Lunatic asylums in Bengal annual reports 1899-1911 - 1899-1911
Year: 1899
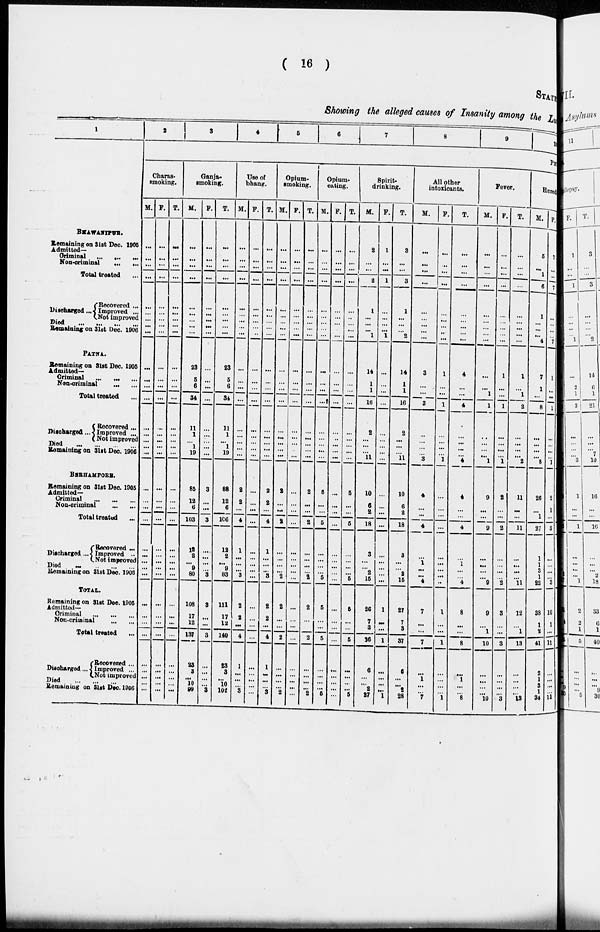
( 16 )
STATEMENT
Showing the alleged causes of Insanity among the Lu
1
BHAWANIPUR.
Remaining on 31st Dec. 1905
Admitted—
Criminal
... ... ...
Non-criminal ... ...
Total treated ...
Discharged ...
Recovered ...
Improved ...
Not improved
Died
...
...
...
...
Remaining on 31st Dec. 1906
PATNA.
Remaining on 31st Dec. 1905
Admitted—
Criminal
... ... ...
Non-Cciminal ... ...
Total treated ...
Discharged ...
Recovered ...
Improved ...
Not improved
Died ... ... ... ...
Remaining on 31st Dec. 1906
BERHAMPORE.
Remaining on 31st Dec. 1905
Admitted—
Criminal
... ... ...
Non-criminal ...
...
Total treated
...
Discharged ...
Recovered ...
Improved ...
Not improved
Died
...
... ... ...
Remaining on 31st Dec. 1906
TOTAL.
Remaining on 31st Dec. 1905
Admitted—
Criminal
... ... ...
Non-criminal
...
...
Total treated ...
Discharged.
Recovered ...
Improved ...
Not improved
Died ... ... ...
Remaining on 31st Dec. 1906 ...
2
3 4 5 6 7
8
9
Charas-
smoking.
M.
...
...
...
...
...
...
...
...
...
...
...
...
...
...
...
...
...
...
...
...
...
...
...
...
...
...
...
...
...
...
...
...
...
...
...
...
F.
...
...
...
...
...
...
...
...
...
...
...
...
...
...
...
...
...
...
...
...
...
...
...
...
...
...
...
...
...
...
...
...
...
...
...
...
T.
...
...
...
...
...
...
...
...
...
...
...
...
...
...
...
...
...
...
...
...
...
...
...
...
...
...
...
...
...
...
...
...
...
...
...
...
Ganja-
smoking.
M.
...
...
...
...
...
...
...
...
...
23
5
6
34
11
1
...
1
19
85
12
6
103
12
2
...
9
80
108
17
12
137
23
3
...
10
99
F.
...
...
...
...
...
...
...
...
...
...
...
...
...
...
...
...
...
...
3
...
...
3
...
...
...
...
3
3
...
...
3
...
...
...
...
3
T.
...
...
...
...
...
...
...
...
...
23
5
6
34
11
1
...
1
19
88
12
6
106
12
2
... 9
83
111
17
12
140
23
3
...
10
102
Use of
bhang.
M.
...
...
...
...
...
...
...
...
...
...
...
...
...
...
...
...
...
...
2
2
...
4
1
...
...
...
3
2
2
...
4
1
...
...
...
3
F.
...
...
...
...
...
...
...
...
...
...
...
...
...
...
...
...
...
...
...
...
...
...
...
...
...
...
...
...
...
...
...
...
...
...
...
...
T.
...
...
...
...
...
...
...
...
...
...
...
...
...
...
...
...
...
...
2
2
...
4
1
... ...
... 3
2
2
...
4
1
...
...
...
3
Opium-
smoking.
M.
...
...
...
...
...
...
...
...
...
...
...
...
...
...
...
...
...
...
2
...
...
2
...
...
...
...
2
2
...
...
2
...
...
...
...
2
F.
...
...
...
...
...
...
...
...
...
...
...
...
...
...
...
...
...
...
...
...
...
...
...
...
...
...
...
...
...
...
...
...
...
...
...
...
T.
...
...
...
...
...
...
...
...
...
...
...
...
...
...
...
...
...
...
2
...
...
2
...
...
...
...
2
2
...
...
2
...
...
...
...
2
Opium-
eating.
M.
...
...
...
...
...
...
...
...
...
...
...
...
...
...
...
...
...
...
5
...
...
5
...
...
...
...
5
5
...
...
5
...
...
...
...
5
F.
...
...
...
...
...
...
...
...
...
...
...
...
...
...
...
...
...
...
...
...
...
...
...
...
...
...
...
...
...
...
...
...
...
...
...
...
T.
...
...
...
...
...
...
...
...
...
...
...
...
...
...
...
...
...
...
5
...
...
5
...
...
...
...
5
5
...
...
5
...
...
...
...
5
Spirit-
drinking.
M.
2
...
...
2
1
...
...
...
1
14
1
1
16
2
...
...
...
11
10
6
2
18
3
...
...
2
15
26
7
3
36
6
...
...
2
27
F.
1
...
...
1
...
...
...
...
1
...
...
...
...
...
...
...
...
...
...
...
...
...
...
...
...
...
...
1
...
...
1
...
...
...
...
1
T.
3
...
...
3
1
...
...
...
2
14
1
1
16
2
...
...
...
11
10
6
2
18
3
...
...
2
15
27
7
3
37
6
...
...
2
28
All other
intoxicants.
M.
...
...
...
...
...
...
...
...
...
3
...
...
3
...
...
...
...
3
4
...
...
4
...
1
...
...
4
7
...
...
7
...
1
...
...
7
F.
...
...
...
...
...
...
...
...
...
1
...
...
1
...
...
...
...
1
...
...
...
...
...
...
...
...
...
1
...
...
1
...
...
...
...
1
T.
...
...
...
...
...
...
...
...
...
4
...
...
4
...
...
...
...
4
4
...
...
4
...
1
...
...
4
8
...
...
8
...
1
...
...
8
Fever.
M.
...
...
...
...
...
...
...
...
...
...
...
1
1
...
...
...
...
1
9
...
...
9
...
...
...
...
9
9
...
1
10
...
...
...
...
10
F.
...
...
...
...
...
...
...
...
...
1
...
...
1
...
...
...
...
1
2
...
...
2
...
...
...
...
2
3
...
...
3
...
...
...
...
3
T.
...
...
...
...
...
...
...
...
...
1
...
1
2
...
...
...
...
2
11
...
...
11
...
...
...
...
11
12
...
1
13
...
...
...
...
13
10
PH
Heredi
M.
5
...
1
6
1
...
...
...
4
7
1
...
8
...
...
...
...
8
26
...
1
27
1
1
3
1
22
38
1
2
41
2
1
3
1
34
F.
7
...
...
7
...
...
...
...
7
1
...
...
1
...
...
...
1
2
1
...
3
...
...
...
...
3
10
1
...
11
...
...
...
...
1 1